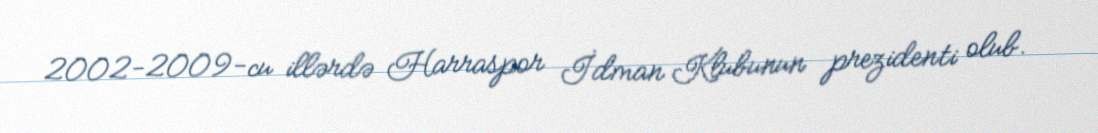
2002-2009-cu illərdə Harraspor İdman Klubunun prezidenti olub.